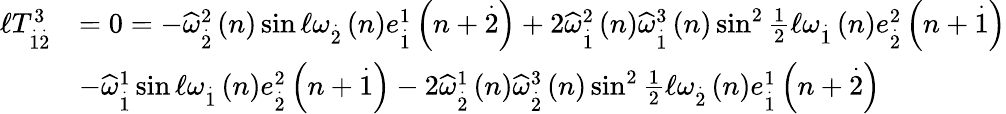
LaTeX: \begin{array}{rl}{\mathcal{\ell}T_{\overset{.}{1}\overset{.}{2}}^{3}}&{=0=-\widehat{\omega}_{\overset{.}{2}}^{2}\left(n\right)\sin\mathcal{\ell}\omega_{\overset{.}{2}}\left(n\right)e_{\overset{.}{1}}^{1}\left(n+\overset{.}{2}\right)+2\widehat{\omega}_{\overset{.}{1}}^{2}\left(n\right)\widehat{\omega}_{\overset{.}{1}}^{3}\left(n\right)\sin^{2}\frac{1}{2}\mathcal{\ell}\omega_{\overset{.}{1}}\left(n\right)e_{\overset{.}{2}}^{2}\left(n+\overset{.}{1}\right)}\\ &{-\widehat{\omega}_{\overset{.}{1}}^{1}\sin\mathcal{\ell}\omega_{\overset{.}{1}}\left(n\right)e_{\overset{.}{2}}^{2}\left(n+\overset{.}{1}\right)-2\widehat{\omega}_{\overset{.}{2}}^{1}\left(n\right)\widehat{\omega}_{\overset{.}{2}}^{3}\left(n\right)\sin^{2}\frac{1}{2}\mathcal{\ell}\omega_{\overset{.}{2}}\left(n\right)e_{\overset{.}{1}}^{1}\left(n+\overset{.}{2}\right)}\end{array}